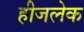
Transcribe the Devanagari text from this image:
हीजलेक